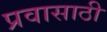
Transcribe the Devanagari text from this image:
प्रवासाठी